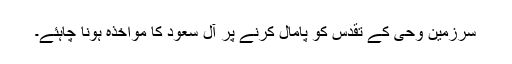
سرزمین وحی کے تقدس کو پامال کرنے پر آل سعود کا مواخذہ ہونا چاہئے۔